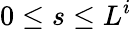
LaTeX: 0\leq s\leq L^{i}